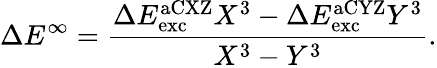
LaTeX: \Delta E^{\infty}=\frac{\Delta E_{\mathrm{exc}}^{\mathrm{aCXZ}}X^{3}-\Delta E_{\mathrm{exc}}^{\mathrm{aCYZ}}Y^{3}}{X^{3}-Y^{3}}.